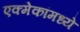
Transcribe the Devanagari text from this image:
एक्मेकांमध्ये